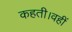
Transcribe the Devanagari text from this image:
कहती।वहीं